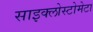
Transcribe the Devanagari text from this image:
साइक्लोस्टोमेटा